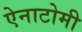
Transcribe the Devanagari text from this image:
ऐनाटोमी